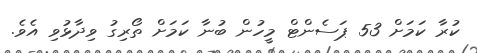
ކުރާ ކަމަށް 53 ޕަސެންޓް މީހުން ބުނާ ކަމަށް ތޯރިގު ވިދާޅުވި އެވެ.